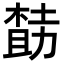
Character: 𪳌